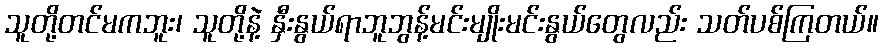
သူတို့တင်မကဘူး၊ သူတို့နဲ့ နှီးနွယ်ရာဘူဘွန့်မင်းမျိုးမင်းနွယ်တွေလည်း သတ်ပစ်ကြတယ်။